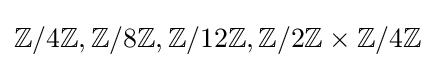
\mathbb {Z} /4\mathbb {Z} ,\mathbb {Z} /8\mathbb {Z} ,\mathbb {Z} /12\mathbb {Z} ,\mathbb {Z} /2\mathbb {Z} \times \mathbb {Z} /4\mathbb {Z}